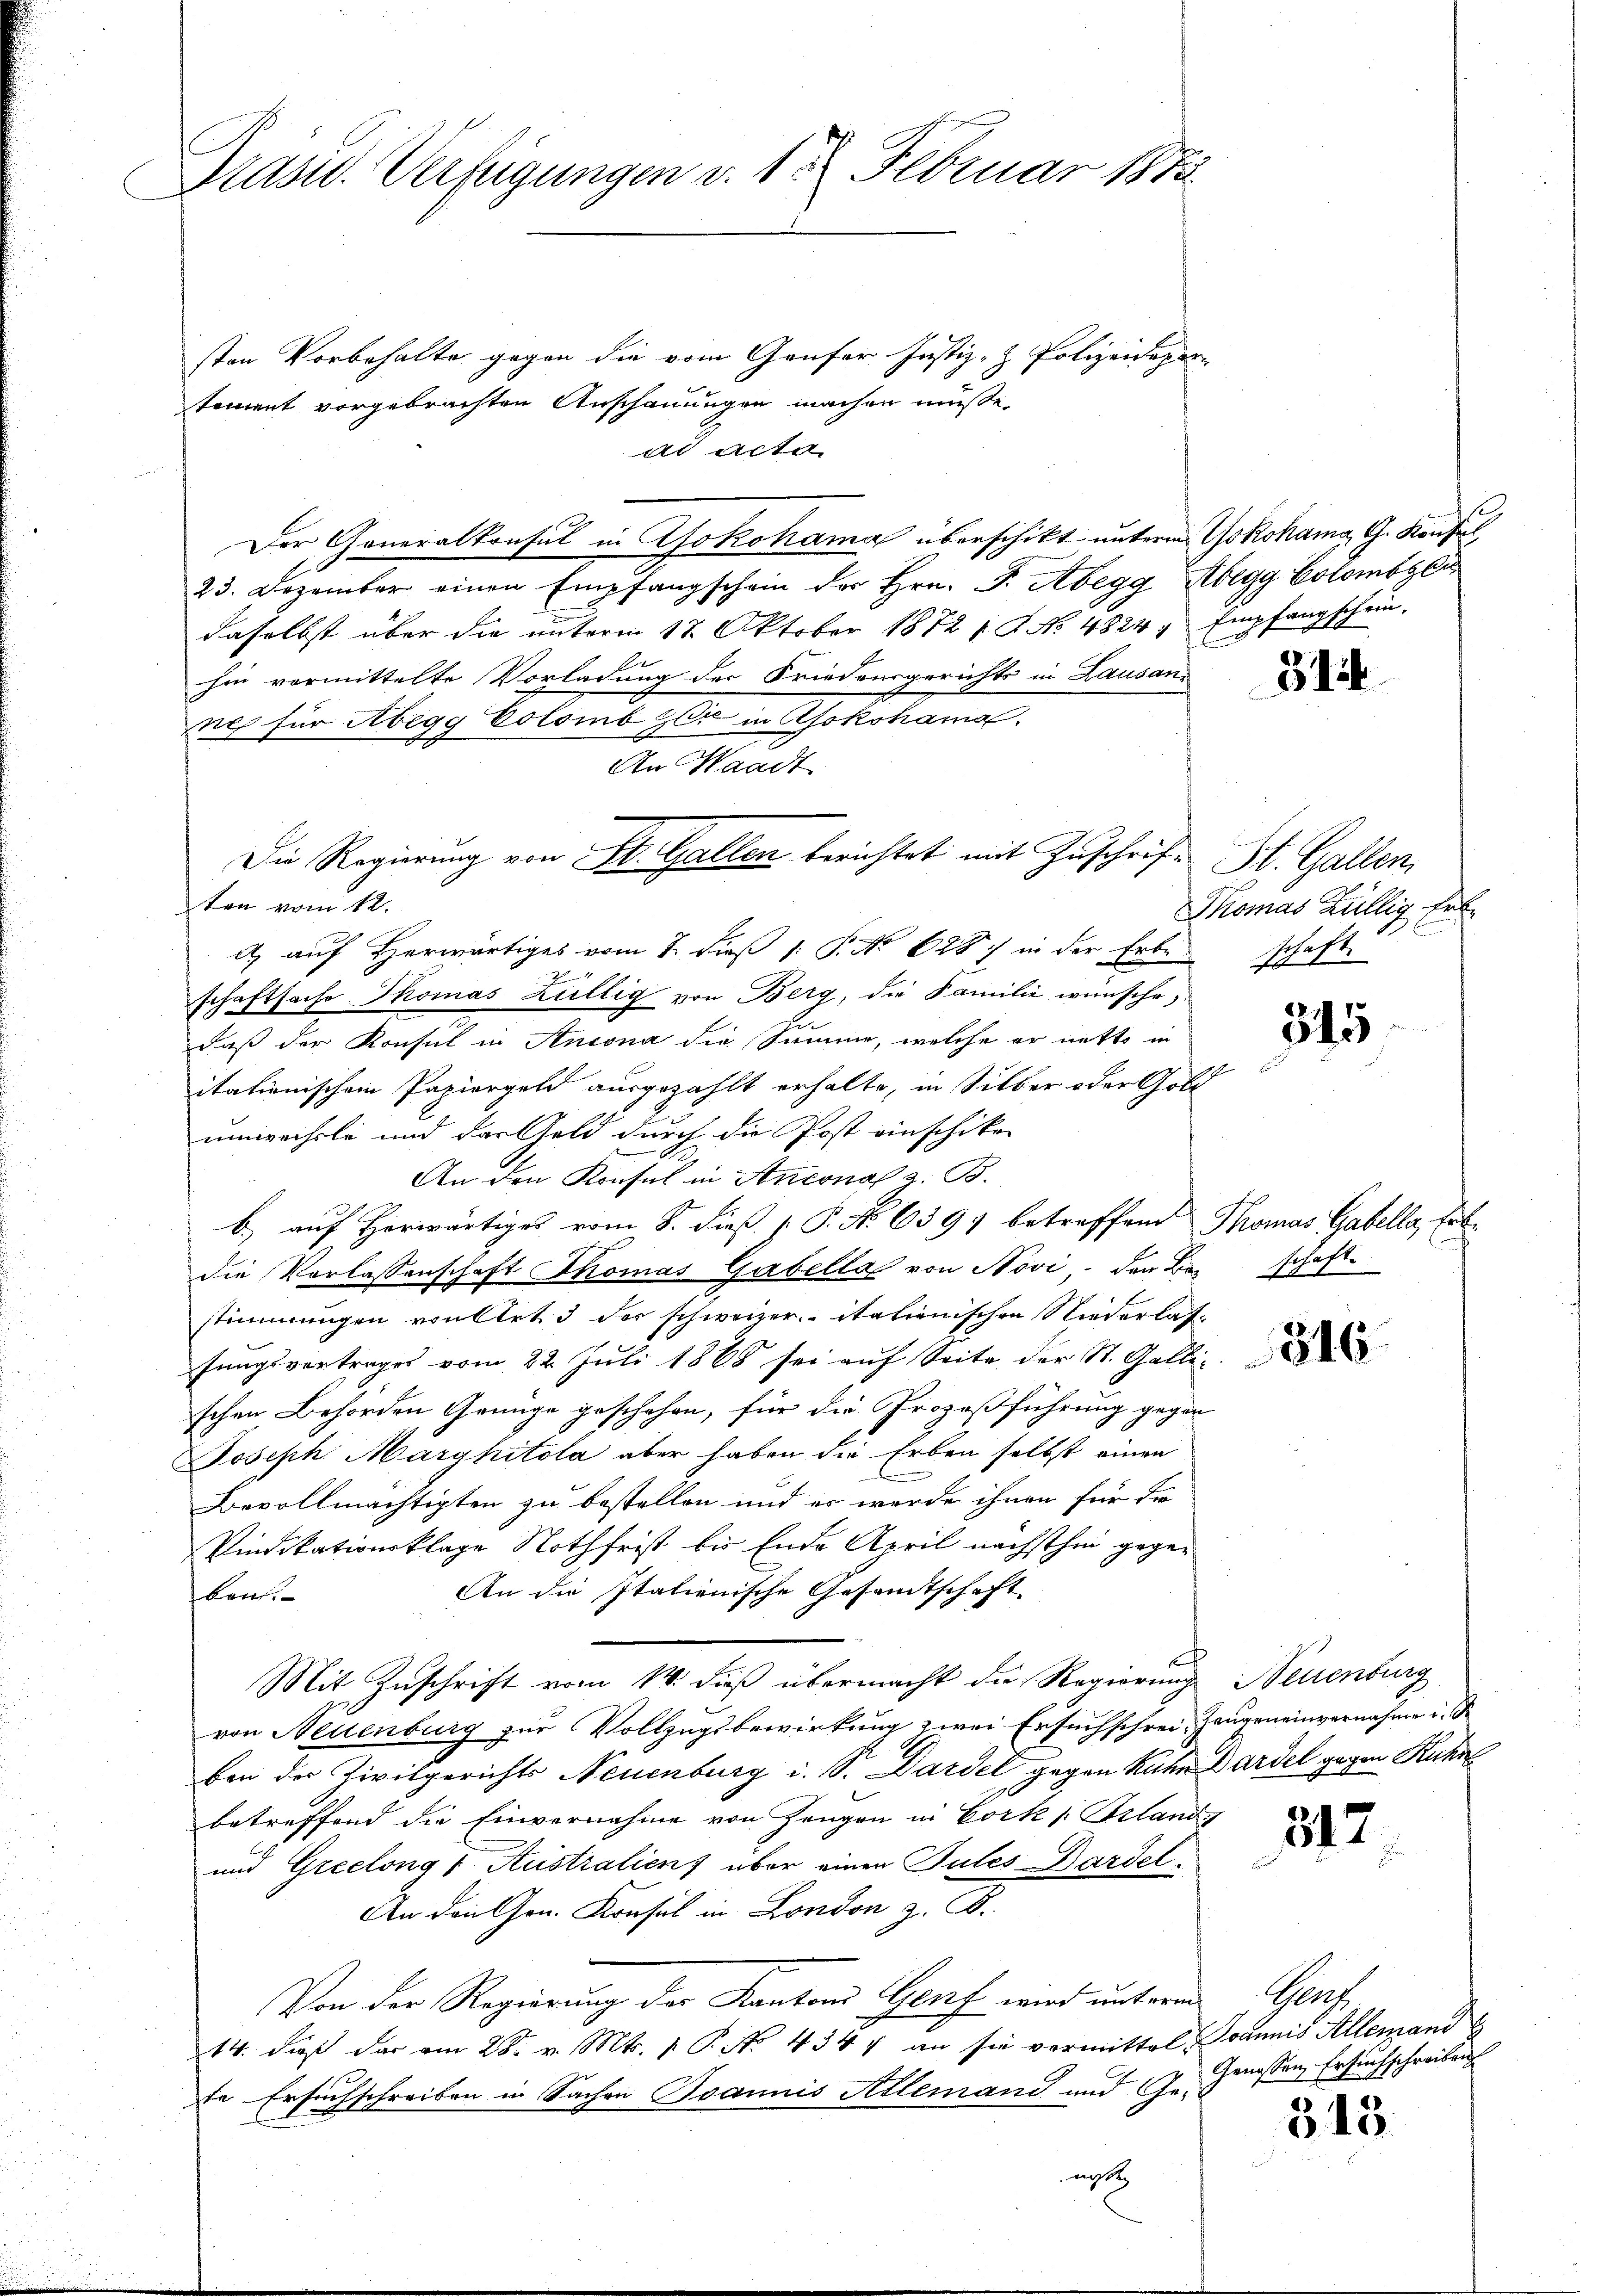
Pras. Verfügungen d. 1. Februar 1873.

sten Vorbehalte gegen die vom Genfer Justiz- & Polizeisoper
toment vorgebrachten Anschauungen machen müsse.
ad acta
Der Generalkonsul in Yokohama überschikt unterm Yokohama, G. Konsul
23. Dezember einen Empfangschein der Hrn. F. Abegg Abegg Colomber
daselbst über die unterm 12. Oktober 1872 19 No 4824. Empfangschein,
hin vormittelte Vorladung der Friedensgerichts in Lausani
ne für Abegg Colomb Zer in Asokohama
An Waadt
ton vom 12.
) auf Herwärtiges vom 7. dieß 1 P. No 628. in der Erbe
24
schaftsache Thomas Züllig von Berg, die Familie wünsche,
daß der Konsul in Ansona die Summe, welche er netts in
itationischem Papiergeld ausgezahlt erhalte, in Silber oder Gold
umwechsle und der Geld durch die Post einschiken
An den Konsul in Antonal z. B.
b.) auf Horwärtiges vom 8. dieß P. No 6397 betreffend Thomas Gabella, Erbe
die Vorlassenschaft Thomas Gabella von Novi, den Barsch
stimmungen von Art. 3 der schweizer italienischen Niederlassungsvortrages vom 22. Juli 1865 sei auf Seite der St. Galli-
schen Behörden Genüge geschehen, für die Prozeßführung gegen
Joseph Marghitola aber haben die Erben selbst einen
Bevollmächtigten zu bestellen und es werde ihnen für Fr
Vindikationsklage Nothfrist bis Ende April nächsthin gegen
An die Italienische Gesandtschaft
kon
Mit Zuschrift vom 14. dieß übermacht die Regierung Neuenburg
von Neuenburg zur Vollzugsbewirkung zwei Ersuchschrei Zeugeneinvernahmen. Se
ben der Zivilgerichts Neuenburg i. S. Dardel gegen Kuhn Gardel gegen Kuhn
betreffend die Einvernahme von Zeugen in Cork v. Pland
und Greelongs Australien) über einen Pules Bardel¬
An den Gen. Konsul in London z. B.
Von der Regierung der Kantons Genf wird unterm
14. dieß dar am 28. v. Mts. v. P. No. 434 4 an sie vermittel Joannis Allemand
te Ersuchschreiben in Sachen Joannis Allemand und Ge-
nissen

Die Regierung von St. Gallen berichtet mit Zuschrift St. Gallen,

314

Thomas Züllig Erb
schaft.

345

st.

816.

312.

315.

Ger
Genossen, Ersuchschreibu